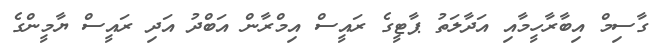
ގާސިމް އިބާރާހީމާއި އަދާލަތު ޕާޓީގެ ރައީސް އިމްރާން އަބްދު އަދި ރައީސް ޔާމީންގެ